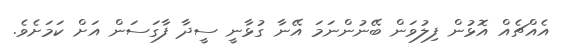
އެއްޗެއް އޮޅުން ފިލުވަން ބޭނުންނަމަ އޭނާ ގުޅާނީ ސީދާ ފާގަސަން އަށް ކަމަށެވެ.